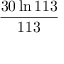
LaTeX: \frac { 3 0 \ln 1 1 3 } { 1 1 3 }